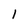
Character: 1